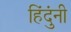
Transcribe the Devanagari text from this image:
हिंदुंनी